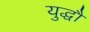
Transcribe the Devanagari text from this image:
युद्धौं